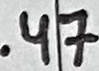
Text: .47